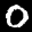
Label: 0